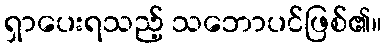
ရှာပေးရသည့် သဘောပင်ဖြစ်၏။